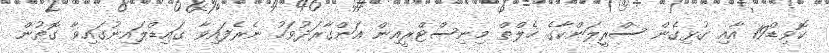
ކޮވިޑް19 އާއި ގުޅިގެން ސްރީލަންކާގެ ހެލްތް މިނިސްޓްރީއިން އަންގާރަދުވަހު ނެރެފައިވާ ގައިޑްލައިނުގައިވާ ގޮތުން